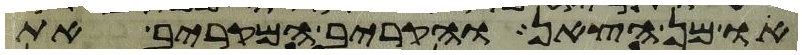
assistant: או מן הצאן והקריב המקריב את